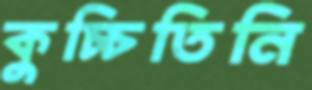
কুচ্চিতিনি